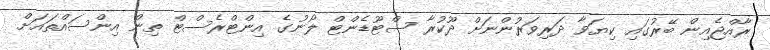
ރާއްޖެއިން ބޭރުގައި ކިޔަވާ ދަރިވަރުންނަށް ދޫކުރާ ސްޓޫޑެންޓް ލޯނުގެ އިންޓްރެސްޓް ތިން އިންސައްތައަށް